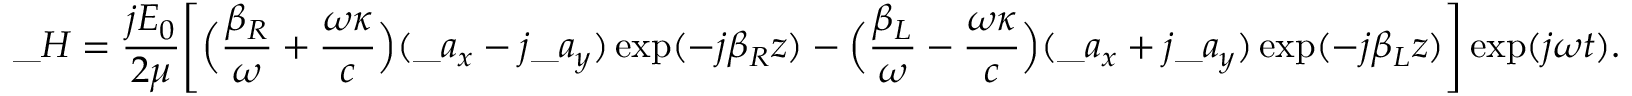
\_ H = { \frac { j E _ { 0 } } { 2 \mu } } \Bigg [ \Big ( { \frac { \beta _ { \/ R } } { \omega } } + { \frac { \omega \kappa } { c } } \Big ) ( \_ a _ { x } - j \_ a _ { y } ) \exp ( - j \beta _ { \/ R } z ) - \Big ( { \frac { \beta _ { \/ L } } { \omega } } - { \frac { \omega \kappa } { c } } \Big ) ( \_ a _ { x } + j \_ a _ { y } ) \exp ( - j \beta _ { \/ L } z ) \Bigg ] \exp ( j \omega t ) .